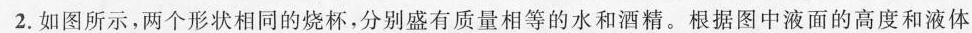
2.如图所示，两个形状相同的烧杯，分别盛有质量相等的水和酒精。根据图中液面的高度和液体